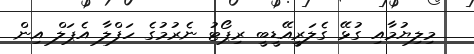
މިލިޔުމާއި ގުޅޭ ގެލަރީއޭޑީބީ ރިޕޯޓު ނެރުމުގެ ހަފްލާ އެޕަލް އިން